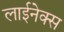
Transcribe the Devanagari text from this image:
लाईनेक्स